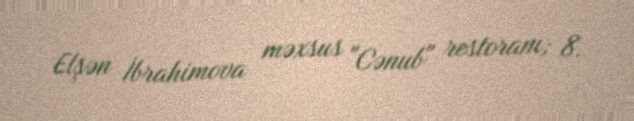
Elşən İbrahimova məxsus "Cənub" restoranı; 8.